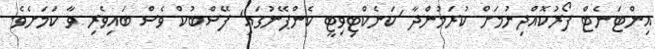
އިންޓަނެޓް ފޯރުކޮއްދިނުމަށް ކުރަމުންދާ 'ކަނެކްޓިވިޓީ ކެންޕޭނުގައި' ފޭސްބުކް ވެސް ބައިވެރި ވާ ކަމަށެވެ.